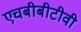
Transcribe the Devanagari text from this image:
एचबीबीटीवी